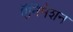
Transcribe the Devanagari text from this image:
ऍनिमेशन